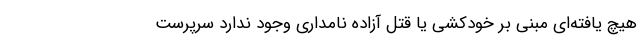
هیچ یافته‌ای مبنی بر خودکشی یا قتل آزاده نامداری وجود ندارد سرپرست